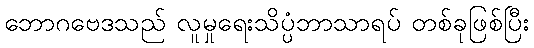
ဘောဂဗေဒသည် လူမှုရေးသိပ္ပံဘာသာရပ် တစ်ခုဖြစ်ပြီး